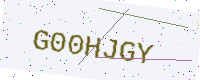
Text: G00HJGY